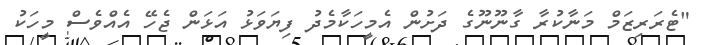
"ޓެރަރިޒަމް މަނާކުރާ ގާނޫނޫގެ ދަށުން އެމީހަކާމެދު ފިޔަވަޅު އަޅަން ޖެހޭ އެއްވެސް މީހަކު